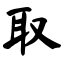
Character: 取